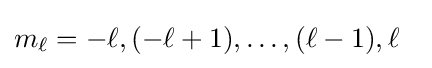
m_{\ell }=-\ell ,(-\ell +1),\ldots ,(\ell -1),\ell \ \